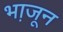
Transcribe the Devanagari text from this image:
भा़जून